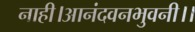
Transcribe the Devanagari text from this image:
नाही।आनंदवनभुवनी।।